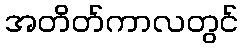
အတိတ်ကာလတွင်